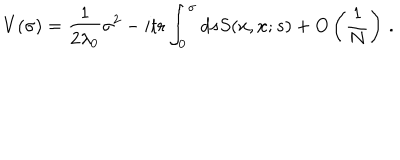
V ( \sigma ) = \frac { 1 } { 2 \lambda _ { 0 } } \sigma ^ { 2 } - i \mathrm { t r } \int _ { 0 } ^ { \sigma } d s S ( x , x ; s ) + O \left( \frac { 1 } { N } \right) \, .